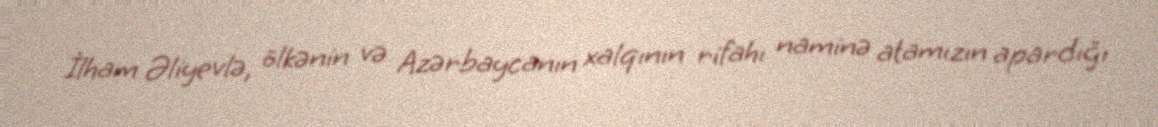
İlham Əliyevlə, ölkənin və Azərbaycanın xalqının rifahı naminə atamızın apardığı